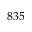
8 3 5